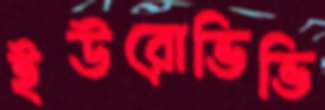
ইউরোভিভি